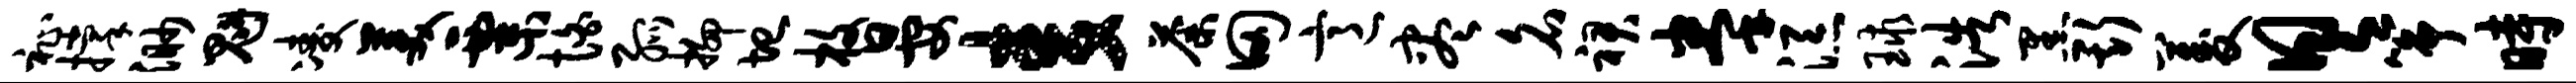
祉撑渺魁凌美粟怕弧抑圮枚晏麦荼田意尽名裙拳添球浩黑斯菱具筝时